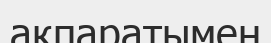
ақпаратымен